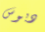
دبوس